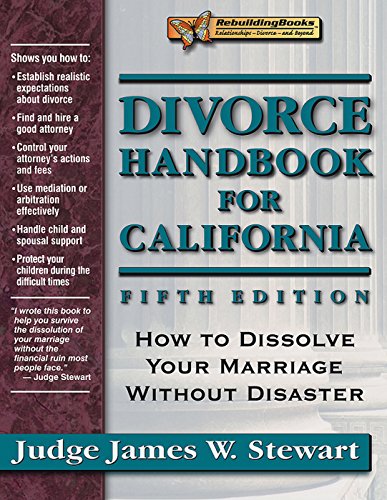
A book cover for Divorce Handbook for California: How to Dissolve Your Marriage Without Disaster; Judge James W. Stewart; Law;